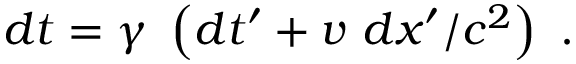
d t = \gamma \ \left( d t ^ { \prime } + v \ d x ^ { \prime } / c ^ { 2 } \right) \ .